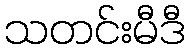
သတင်းမီဒီ